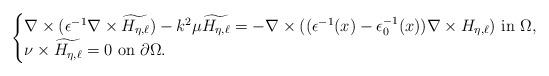
LaTeX: \begin{align*}\begin{cases}\nabla\times(\epsilon^{-1}\nabla\times\widetilde{H_{\eta,\ell}})-k^{2}\mu\widetilde{H_{\eta,\ell}}=-\nabla\times((\epsilon^{-1}(x)-\epsilon_{0}^{-1}(x))\nabla\times H_{\eta,\ell})\mbox{ in }\Omega,\\\nu\times\widetilde{H_{\eta,\ell}}=0\mbox{ on }\partial\Omega.\end{cases}\end{align*}